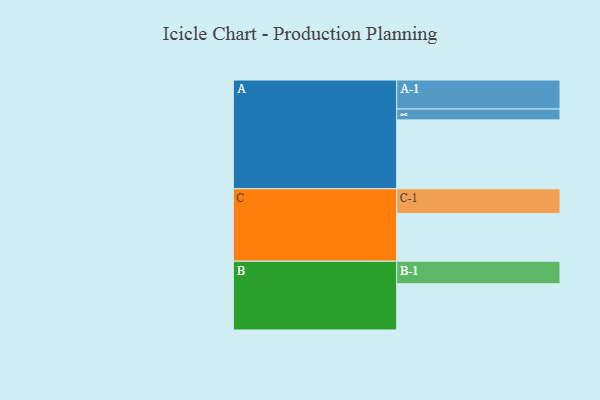
{"axis": {"x": "Segment", "y": "Value"}, "legend": ["", "A", "B", "C"], "data": [{"x": "A", "y": 539, "type": ""}, {"x": "B", "y": 362, "type": ""}, {"x": "C", "y": 374, "type": ""}, {"x": "A-1", "y": 227, "type": "A"}, {"x": "A-2", "y": 85, "type": "A"}, {"x": "B-1", "y": 176, "type": "B"}, {"x": "C-1", "y": 193, "type": "C"}]}